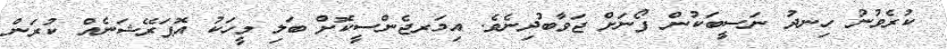
ކުރެވުނު ހިނދު ނަސީބަކުން ފޯނަށް ޖަވާބުދިނެވެ. އިމަރޖެންސީކޮށް ބަލި މީހަކު އޮޕަރޭޝަނެއް ކުރަން